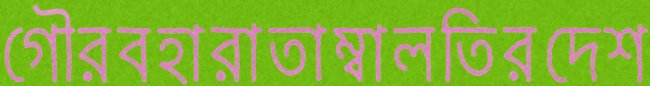
গৌরবহারাতাম্বালতিরদেশ